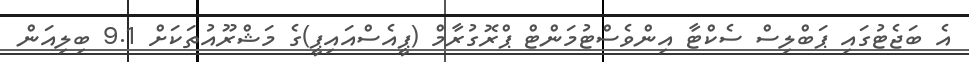
އެ ބަޖެޓުގައި ޕަބްލިސް ސެކްޓާ އިންވެސްޓުމަންޓް ޕްރޮގުރާމް (ޕީއެސްއައިޕީ)ގެ މަޝްރޫއުތަކަށް 9.1 ބިލިއަން